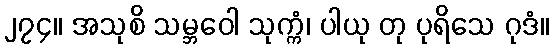
၂၇၄။ အသုစိ သမ္ဘဝေါ သုက္ကံ၊ ပါယု တု ပုရိသေ ဂုဒံ။